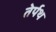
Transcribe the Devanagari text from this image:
तेर्पथ